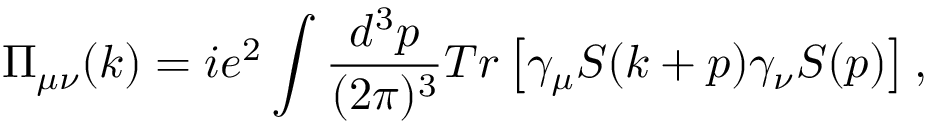
\Pi _ { \mu \nu } ( k ) = i e ^ { 2 } \int { { \frac { d ^ { 3 } p } { ( 2 \pi ) ^ { 3 } } } T r \left[ \gamma _ { \mu } S ( k + p ) \gamma _ { \nu } S ( p ) \right] } \, ,